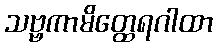
သဗ္ဗကာမိတ္ထေရဂါထာ